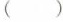
( )